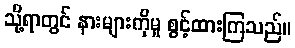
သို့ရာတွင် နားများကိုမူ စွင့်ထားကြသည်။